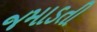
જમાડતી